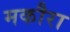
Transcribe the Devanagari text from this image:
मकौरा